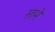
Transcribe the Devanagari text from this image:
स्तभेः